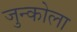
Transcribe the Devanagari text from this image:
जुन्कोला